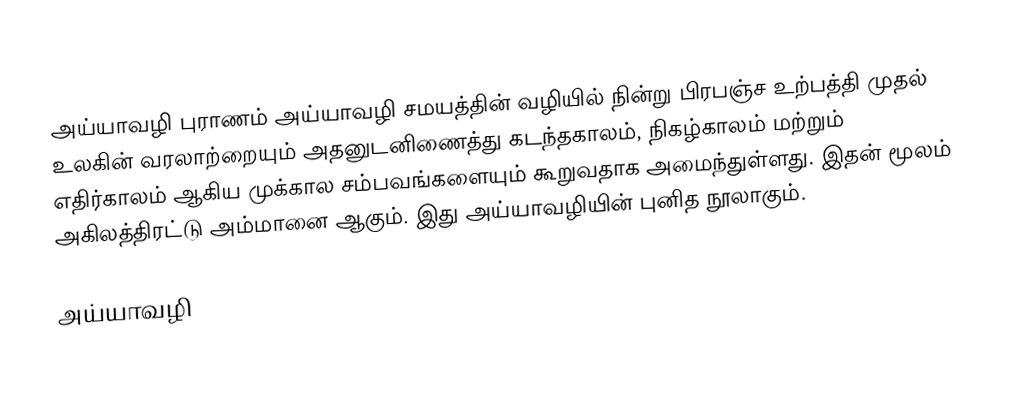
அய்யாவழி புராணம் அய்யாவழி சமயத்தின் வழியில் நின்று பிரபஞ்ச உற்பத்தி முதல் உலகின் வரலாற்றையும் அதனுடனிணைத்து கடந்தகாலம், நிகழ்காலம் மற்றும் எதிர்காலம் ஆகிய முக்கால சம்பவங்களையும் கூறுவதாக அமைந்துள்ளது. இதன் மூலம் அகிலத்திரட்டு அம்மானை ஆகும். இது அய்யாவழியின் புனித நூலாகும்.

அய்யாவழி